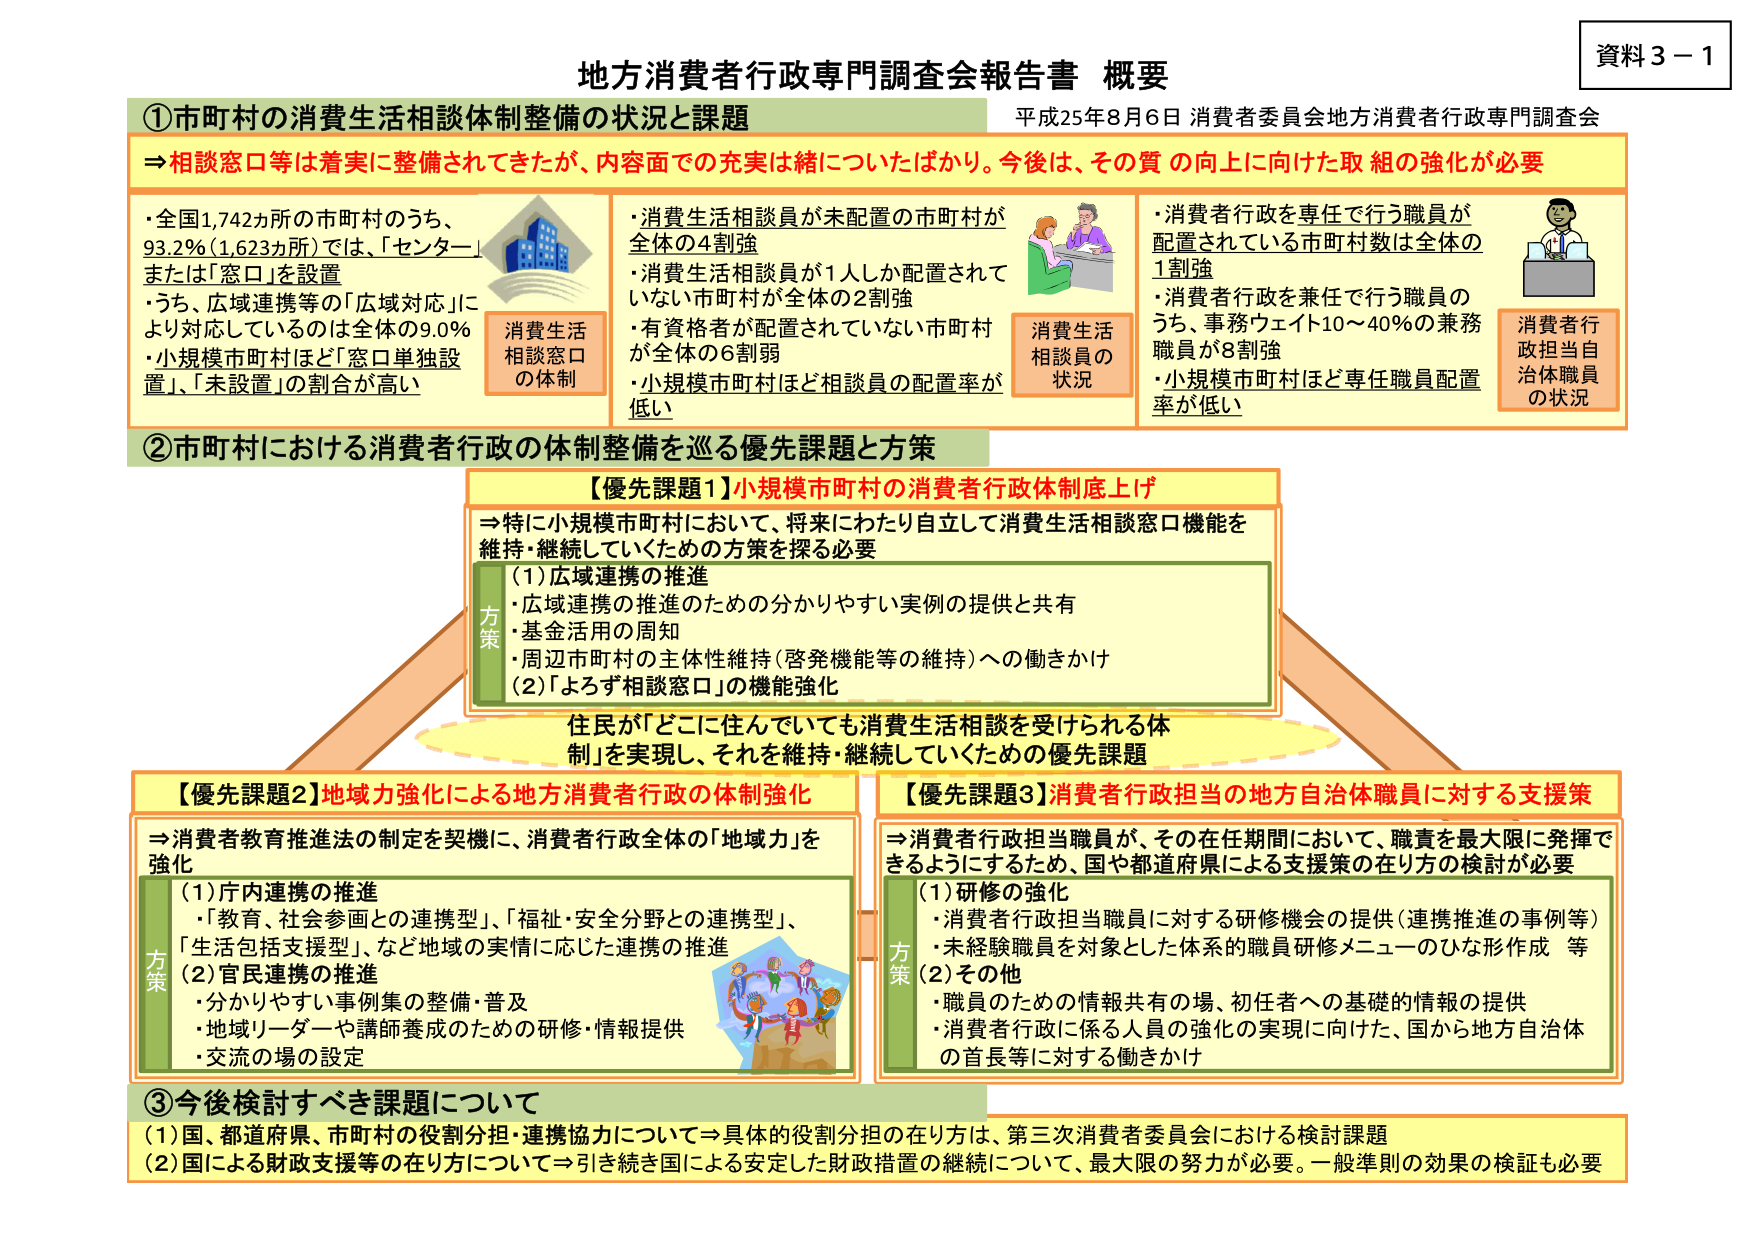
資料３－１
地方消費者行政専門調査会報告書 概要
平成25年8月6日 消費者委員会地方消費者行政専門調査会

①市町村の消費生活相談体制整備の状況と課題
⇒相談窓口等は着実に整備されてきたが、内容面での充実は緒についたばかり。今後は、その質の向上に向けた取組の強化が必要

・全国1,742か所の市町村のうち、
93.2％（1,623か所）では、「センター」
または「窓口」を設置
・うち、広域連携等の「広域対応」に
より対応しているのは全体の9.0％
・小規模市町村ほど「窓口単独設置」、「未設置」の割合が高い

消費生活
相談窓口
の体制

・消費生活相談員が未配置の市町村が
全体の4割強
・消費生活相談員が1人しか配置されて
いない市町村が全体の2割強
・有資格者が配置されていない市町村
が全体の6割弱
・小規模市町村ほど相談員の配置率が
低い

消費生活
相談員の
状況

・消費者行政を専任で行う職員が
配置されている市町村数は全体の
1割強
・消費者行政を兼任で行う職員の
うち、事務ウェイト10～40％の兼務
職員が8割強
・小規模市町村ほど専任職員配置
率が低い

消費者行政
担当自治体職員
の状況

②市町村における消費者行政の体制整備を巡る優先課題と方策

【優先課題1】小規模市町村の消費者行政体制底上げ
⇒特に小規模市町村において、将来にわたり自立して消費生活相談窓口機能を
維持・継続していくための方策を探る必要

方策
（1）広域連携の推進
・広域連携の推進のための分かりやすい実例の提供と共有
・基金活用の周知
・周辺市町村の主体性維持（啓発機能等の維持）への働きかけ
（2）「よろず相談窓口」の機能強化

住民が「どこに住んでいても消費生活相談を受けられる体制」を実現し、それを維持・継続していくための優先課題

【優先課題2】地域力強化による地方消費者行政の体制強化
⇒消費者教育推進法の制定を契機に、消費者行政全体の「地域力」を強化

方策
（1）庁内連携の推進
・「教育・社会参画との連携型」、「福祉・安全分野との連携型」、
「生活包括支援型」、など地域の実情に応じた連携の推進
（2）官民連携の推進
・分かりやすい事例集の整備・普及
・地域リーダーや講師養成のための研修・情報提供
・交流の場の設定

【優先課題3】消費者行政担当の地方自治体職員に対する支援策
⇒消費者行政担当職員が、その在任期間において、職責を最大限に発揮できるようにするため、国や都道府県による支援策の在り方の検討が必要

方策
（1）研修の強化
・消費者行政担当職員に対する研修機会の提供（連携推進の事例等）
・未経験職員を対象とした体系的職員研修メニューのひな形作成 等
（2）その他
・職員のための情報共有の場、初任者への基礎的情報の提供
・消費者行政に係る人員の強化の実現に向けた、国から地方自治体の首長等に対する働きかけ

③今後検討すべき課題について
（1）国、都道府県、市町村の役割分担・連携協力について⇒具体的役割分担の在り方は、第三次消費者委員会における検討課題
（2）国による財政支援等の在り方について⇒引き続き国による安定した財政措置の継続について、最大限の努力が必要。一般準則の効果の検証も必要